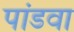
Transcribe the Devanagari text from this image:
पांडवा